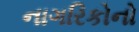
નાગરિકોનો